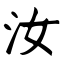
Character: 汝